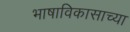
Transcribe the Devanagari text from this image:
भाषाविकासाच्या